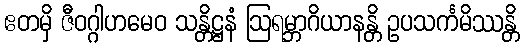
ဧတမှိ ဇီဝဂ္ဂါဟမေဝ သန္တိဋ္ဌနံ ဩရမ္ဘာဂိယာနန္တိ ဥပသင်္ကမိဿန္တိ